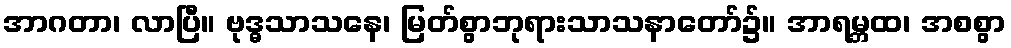
အာဂတာ၊ လာပြီ။ ဗုဒ္ဓသာသနေ၊ မြတ်စွာဘုရားသာသနာတော်၌။ အာရမ္ဘထ၊ အစစွာ